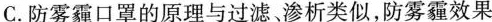
C.防雾霾口罩的原理与过滤渗析类似，防雾霾效果